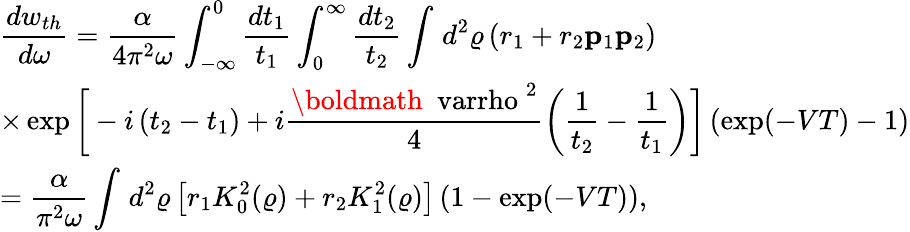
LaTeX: \begin{array}{ll}{{\displaystyle{\frac{dw_{th}}{d\omega}=\frac{\alpha}{4\pi^{2}\omega}\int_{-\infty}^{0}\frac{dt_{1}}{t_{1}}\int_{0}^{\infty}\frac{dt_{2}}{t_{2}}\int_{}^{}d^{2}\varrho\left(r_{1}+r_{2}{\mathbf p}_{1}{\mathbf p}_{2}\right)}}}\\ {{\displaystyle{\times\exp\bigg[-i\left(t_{2}-t_{1}\right)+i\frac{\mathrm{\boldmath~\ varrho~}^{2}}{4}\left(\frac{1}{t_{2}}-\frac{1}{t_{1}}\right)\bigg]\left(\exp(-VT)-1\right)}}}\\ {{\displaystyle{=\frac{\alpha}{\pi^{2}\omega}\int_{}^{}d^{2}\varrho\left[r_{1}K_{0}^{2}(\varrho)+r_{2}K_{1}^{2}(\varrho)\right]\left(1-\exp(-VT)\right)},}}\end{array}